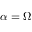
\alpha = \Omega